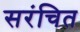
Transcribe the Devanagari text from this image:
सरंचित